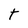
Character: T